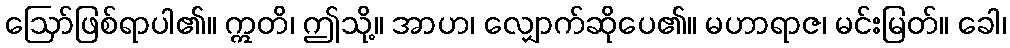
ဩော်ဖြစ်ရာပါ၏။ ဣတိ၊ ဤသို့။ အာဟ၊ လျှောက်ဆိုပေ၏။ မဟာရာဇ၊ မင်းမြတ်။ ခေါ၊